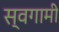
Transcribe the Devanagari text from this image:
स्वगामी